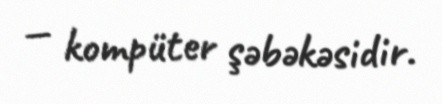
— kompüter şəbəkəsidir.